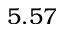
5 . 5 7